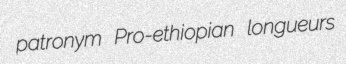
patronym Pro-ethiopian longueurs